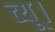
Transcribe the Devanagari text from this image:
व्यू।